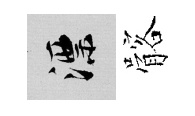
漂髂